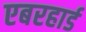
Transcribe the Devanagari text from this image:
एबरहार्ड